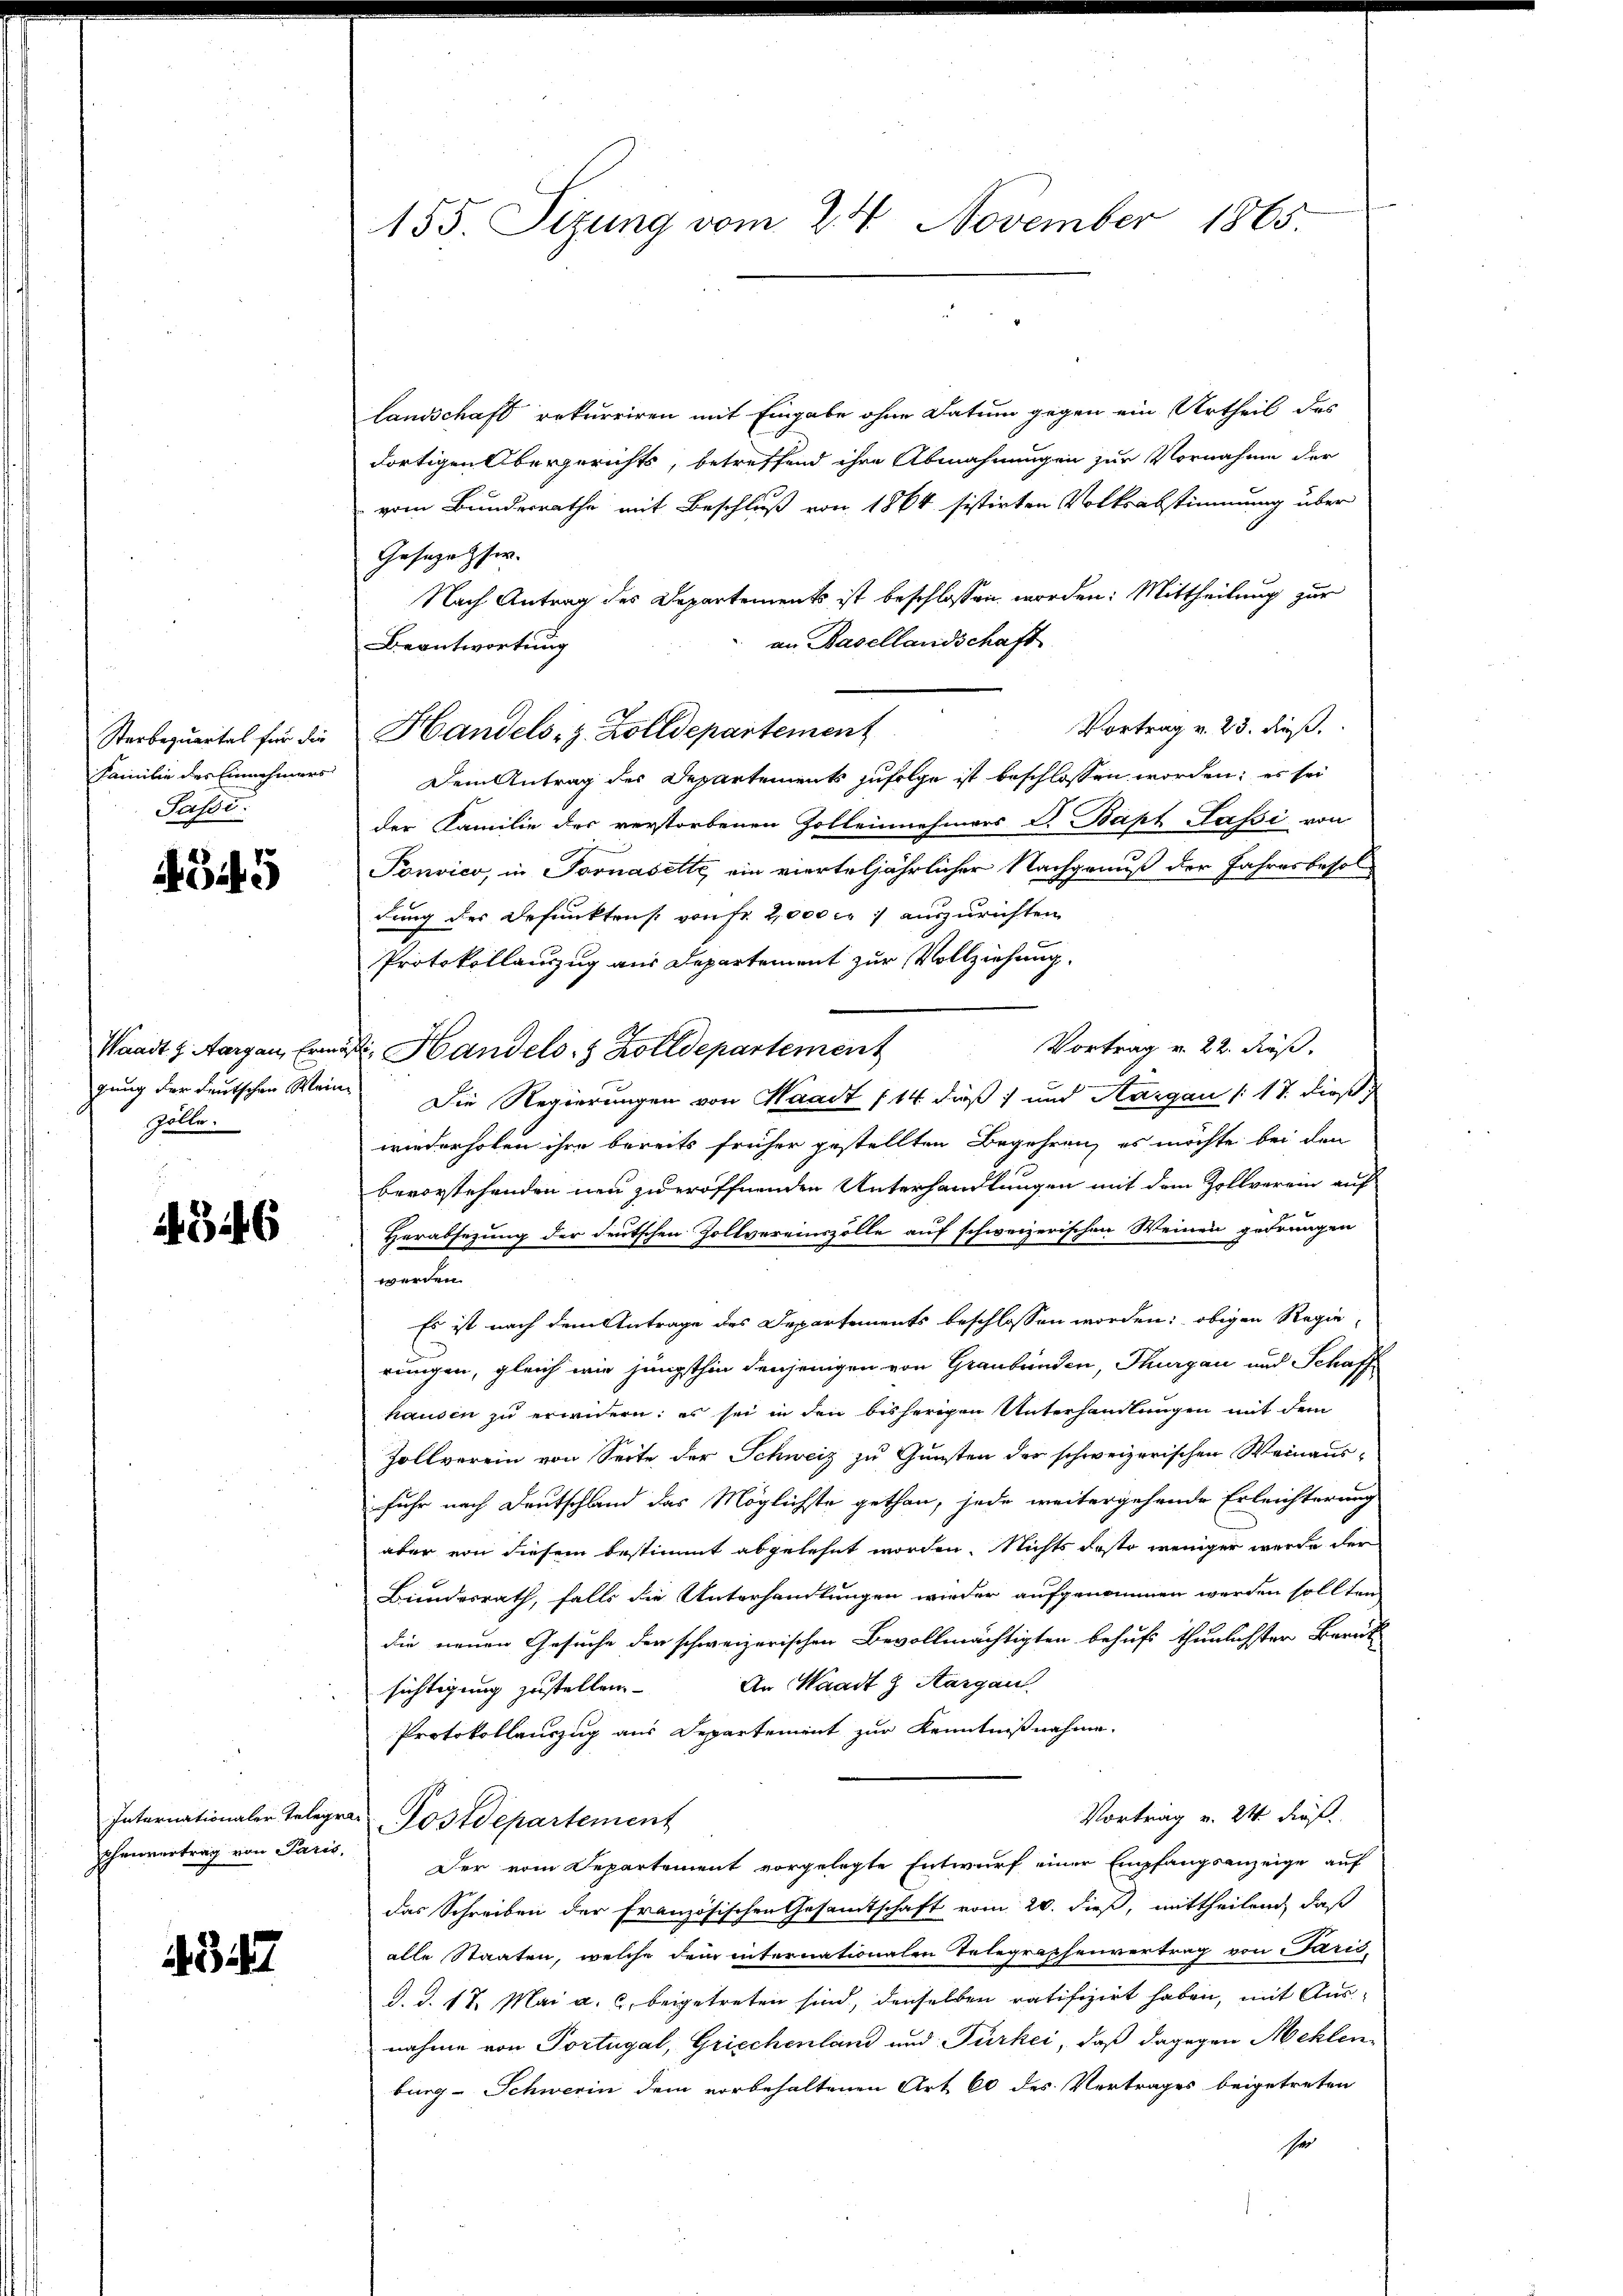
Sterbequartal für die
Familie des Einnehmers
Passi

345

Waadt u. Aargau, Ermo
gung der deutschen Wein
Zölle.

346

Chenvertrag von Paris,

4347

155 Sizung vom 24. November 1865

Landschaft rekurriren mit Eingabe ohne Datum gegen ein Urtheil des
dortigen Obergerichts, betreffend ihre Abmahnungen zur Vornahme der
vom Bundesrathe mit Beschluß von 1864 sistirten Volksabstimmung über
Gesezesser.
Nach Antrag des Departements ist beschlossen worden: Mittheilung zur
an Basellandschaft
Beantwortung
Vortrag v. 23. dieß.
Handels- z. Zolldepartement
Dem Antrag des Departements zufolge ist beschlossen worden; es sei
der Familie des verstorbenen Zolleinehmers V. Bapt Fassi von
Ponvico, in Fornasette, ein vierteljährlicher Nachgenuß der Jahresbesoldung des Befunktens von fr. 2000 c. 1 auszurichten
Protokollauszug aus Departement zur Vollziehung.
Vortrag v. 22. dieß.
it. Handels- & Zolldepartement
Die Regierungen von Waadt 114 dieß) und Aargau (: 17. dieß
wiederholen ihre bereits früher gestellten Begehren, es möchte bei den
bevorstehenden neu zu eröffnenden Unterhandlungen mit dem Zollverein auf
Herabsezung der deutschen Zollvereinszolle auf schweizerischen Weinen gedrungen
werden.
Es ist nach dem Antrage des Departements beschlossen worden; obigen Regie
rungen, gleich wie jüngsthin denjenigen von Graubünden, Thurgau und Schaff
hausen zu erwidern: es sei in den bisherigen Unterhandlungen mit dem
Zollverein von Seite der Schweiz zu Gunsten der schweizerischen Weinaus-
fuhr nach Deutschland das Möglichste gethan, jede weitergehende Erleichterung
aber von diesem bestimmt abgelehnt worden. Nichts desto weniger werde der
Bundesrath, falls die Unterhandlungen wieder aufgenommen werden sollten
die neuen Gesuche der schweizerischen Bevollmächtigten behufs thunlichster Berat
sichtigung zustellen. An Waadt z. Aargau
Protokollauszug aus Departement zur Kenntnißnahme.
Vortrag v. 24 dieß.
Internationaler Telegra Postdepartement
Der vom Departement vorgelegte Entwurf einer Empfangsanzeige auf
das Schreiben der französischen Gesamtschaft vom 20. dieß, mittheilend, daß
alle Staaten, welche dem internationalen Telegraphenvertrag von Paris,
d. d. 17. Mai a. c. beigetreten sind, denselben ratifizirt haben, mit Ausnahme von Portugal, Griechenland und Türkei, daß dagegen Mehlen
burg-Schwerin dem vorbehaltenen Art 60 des Vertrages beigetreten
Ihr